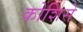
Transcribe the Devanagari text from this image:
कोशिसे